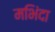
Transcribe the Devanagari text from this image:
मभिंदा